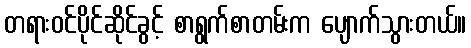
တရားဝင်ပိုင်ဆိုင်ခွင့် စာရွက်စာတမ်းက ပျောက်သွားတယ်။